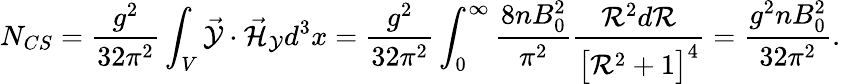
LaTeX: N_{CS}=\frac{g^{2}}{32\pi^{2}}\int_{V}\vec{{\cal Y}}\cdot\vec{{\cal H}}_{{\cal Y}}d^{3}x=\frac{g^{2}}{32\pi^{2}}\int_{0}^{\infty}\frac{8nB_{0}^{2}}{\pi^{2}}\frac{{\cal R}^{2}d{\cal R}}{\bigr[{\cal R}^{2}+1\bigl]^{4}}=\frac{g^{2}nB_{0}^{2}}{32\pi^{2}}.